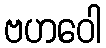
ဗဟဝေါ